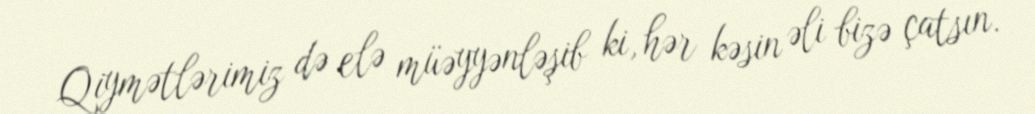
Qiymətlərimiz də elə müəyyənləşib ki, hər kəsin əli bizə çatsın.